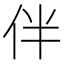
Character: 伴